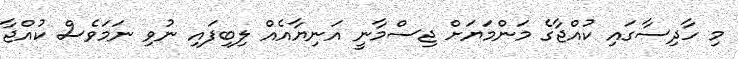
މި ހާދިސާގައި ކުއްޖާގެ މަންމަޔަށް ޖިސްމާނީ އަނިޔާއެއް ލިބިފައި ނުވި ނަމަވެސް ކުއްޖާ